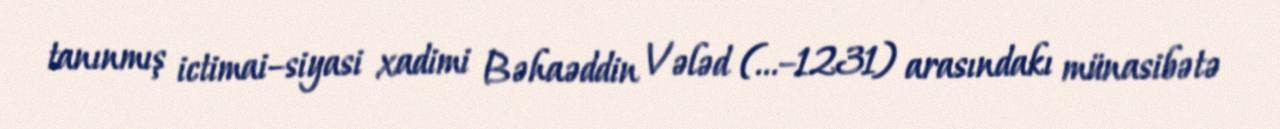
tanınmış ictimai–siyasi xadimi Bəhaəddin Vələd (...–1231) arasındakı münasibətə